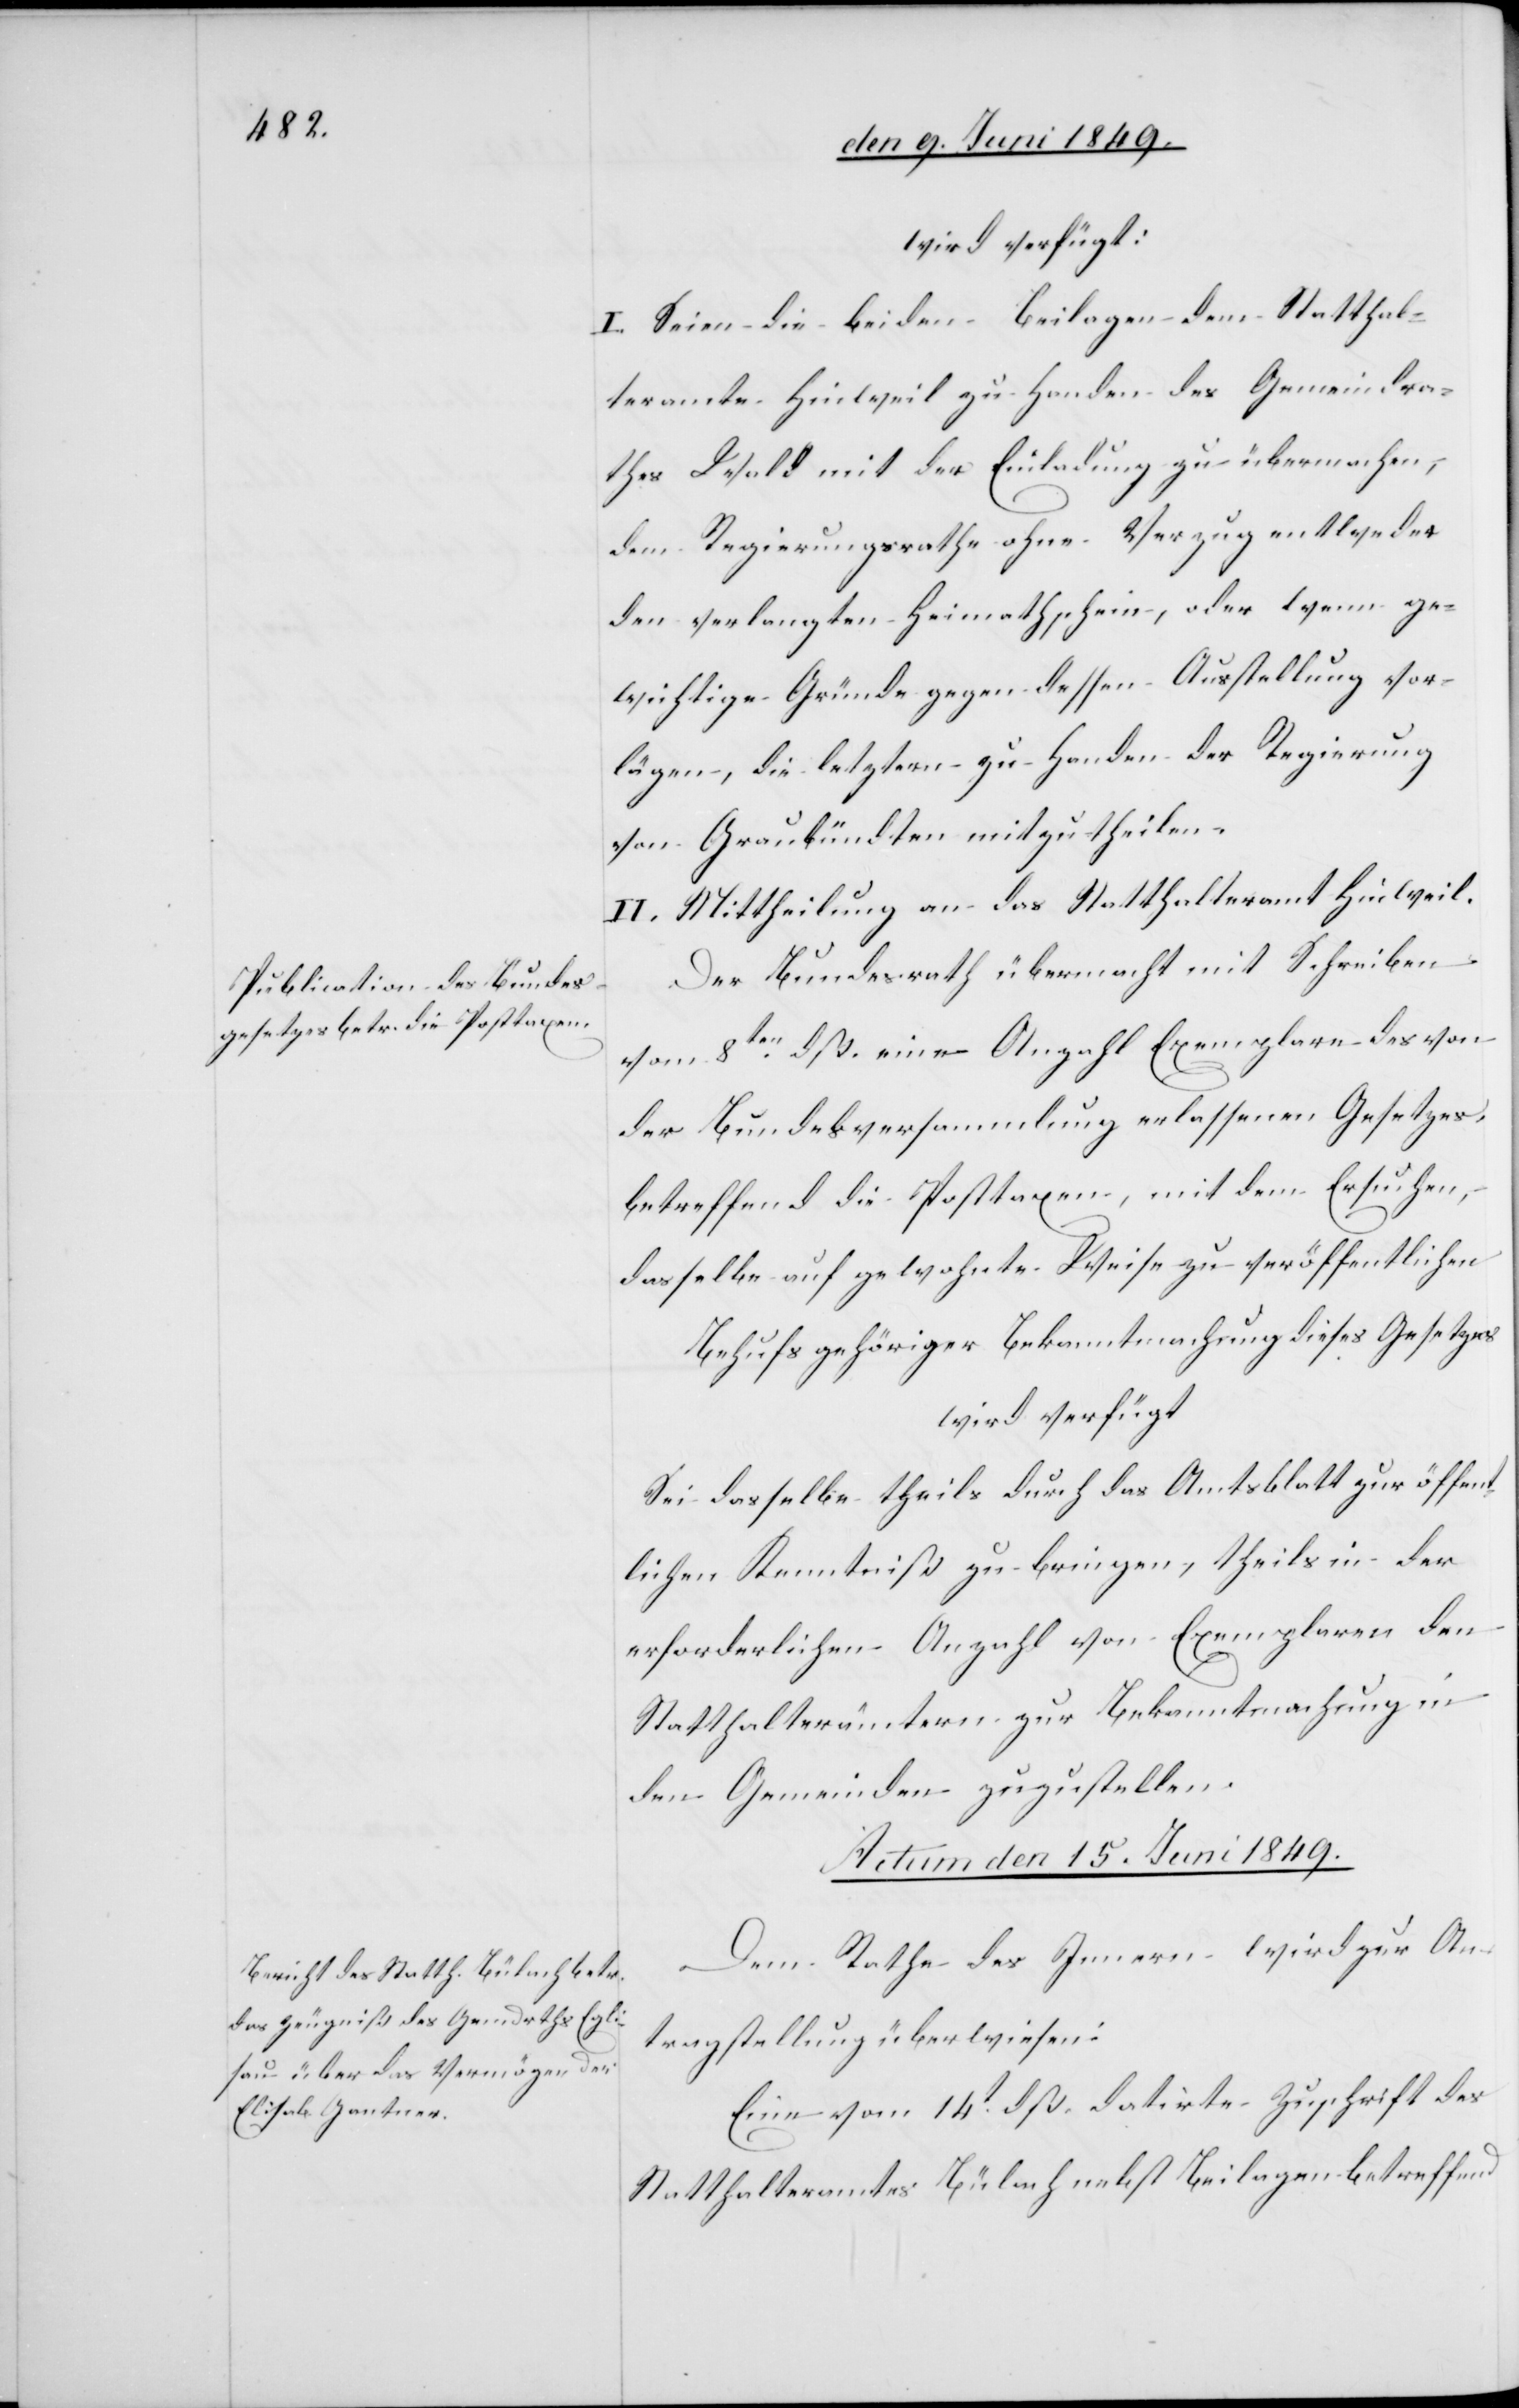
wird verfügt:
I. Seien die beiden Beilagen dem Statthal¬
teramte Hinweil zu Handen des Gemeindra¬
thes Wald mit der Einladung zu übermachen,
dem Regierungsrathe ohne Verzug entweder
den verlangten Heimatschein, oder wenn ge¬
wichtige Gründe gegen dessen Ausstellung vor¬
lägen, die letztern zu Handen der Regierung
von Graubündten mitzutheilen.
II. Mittheilung an das Statthalteramt Hinweil.
Der Bundesrath übermacht mit Schreiben
vom 8ten dß. eine Anzahl Exemplare des von
der Bundesversammlung erlassenen Gesetzes,
betreffend die Posttaxen, mit dem Ersuchen,
dasselbe auf gewohnte Weise zu veröffentlichen
Behufs gehöriger Bekanntmachung dieses Gesetzes
wird verfügt
Sei dasselbe theils durch das Amtsblatt zur öffent¬
lichen Kenntniß zu bringen, theils in der
erforderlichen Anzahl von Exemplaren den
Statthalterämtern zur Bekanntmachung in
den Gemeinden zuzustellen.
Actum den 15. Juni 1849.
Dem Rathe des Innern wird zur An¬
tragstellung überwiesen:
Eine vom 14t dß. datirte Zuschrift des
Statthalteramtes Bülach nebst Beilagen betreffend